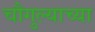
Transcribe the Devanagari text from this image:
चौगुल्याच्या